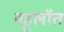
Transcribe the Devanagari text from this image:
बहुलॉत